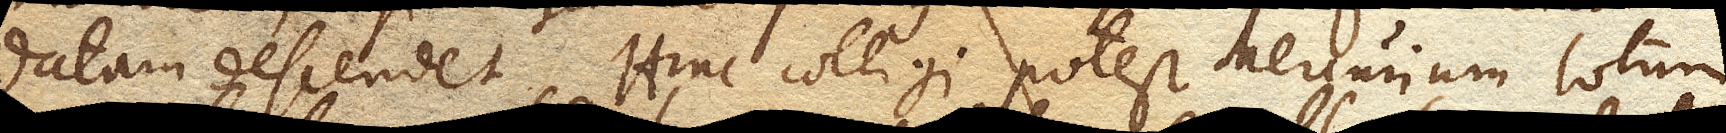
datam descendet. Hinc colligi potest Mercurium totum